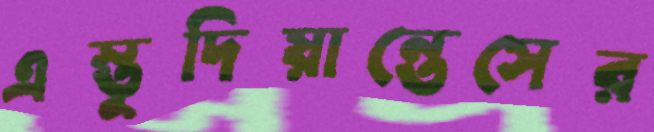
এস্তুদিয়ান্তেসের